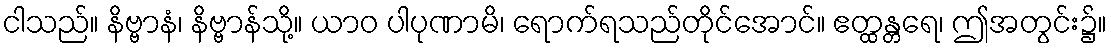
ငါသည်။ နိဗ္ဗာနံ၊ နိဗ္ဗာန်သို့။ ယာဝ ပါပုဏာမိ၊ ရောက်ရသည်တိုင်အောင်။ ဧတ္ထန္တရေ၊ ဤအတွင်း၌။